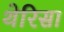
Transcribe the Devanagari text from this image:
थेरिसा